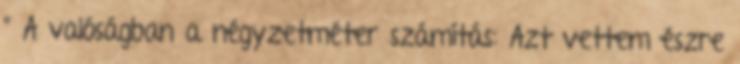
” A valóságban a négyzetméter számítás: Azt vettem észre